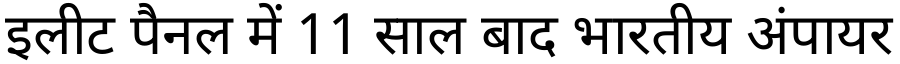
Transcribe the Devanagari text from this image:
इलीट पैनल में 11 साल बाद भारतीय अंपायर